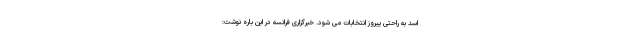
اسد به راحتی پیروز انتخابات می شود. خبرگزاری فرانسه در این باره نوشت: